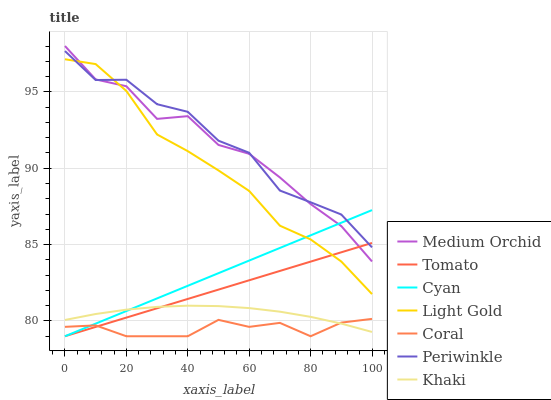
| xaxis_label | Medium Orchid | Tomato | Cyan | Light Gold | Coral | Periwinkle | Khaki |
 | --- | --- | --- | --- | --- | --- | --- | --- |
 | 0 | 98 | 79 | 79 | 97.1 | 79.6 | 97.7 | 80.1 |
 | 10 | 95.8 | 79.6 | 79.8 | 96.8 | 79.7 | 95.8 | 80.5 |
 | 20 | 95.4 | 80.2 | 80.7 | 95.1 | 79 | 95.8 | 80.7 |
 | 30 | 93.2 | 80.8 | 81.5 | 92.2 | 79 | 94.2 | 80.9 |
 | 40 | 93.4 | 81.4 | 82.3 | 91.1 | 79 | 93.7 | 81 |
 | 50 | 91.5 | 82.1 | 83.1 | 89.9 | 80.1 | 91.8 | 81 |
 | 60 | 90.9 | 82.7 | 84 | 88.5 | 79.6 | 91 | 80.8 |
 | 70 | 89.4 | 83.3 | 84.8 | 86.2 | 79.9 | 88.5 | 80.6 |
 | 80 | 87.7 | 83.9 | 85.6 | 85.3 | 79 | 87.8 | 80.3 |
 | 90 | 86.2 | 84.5 | 86.4 | 83.9 | 79.9 | 87 | 79.8 |
 | 100 | 83.9 | 85.1 | 87.3 | 81.8 | 80.1 | 84.8 | 79.3 |